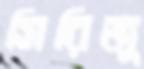
সিরিজু